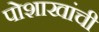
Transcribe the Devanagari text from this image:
पोशाखांची